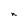
Character: n